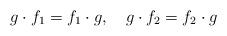
LaTeX: \begin{align*} g\cdot f_1=f_1\cdot g,\quad g\cdot f_2=f_2\cdot g\end{align*}